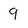
Character: 9